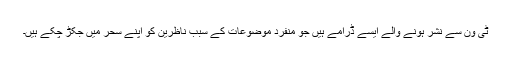
ٹی ون سے نشر ہونے والے ایسے ڈرامے ہیں جو منفرد موضوعات کے سبب ناظرین کو اپنے سحر میں جکڑ چکے ہیں۔